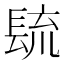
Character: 𰿐